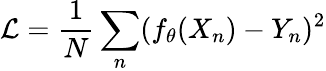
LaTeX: \mathcal{L}=\frac{1}{N}\sum_{n}(f_{\theta}(X_{n})-Y_{n})^{2}